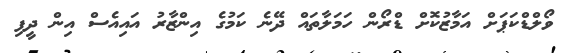
ވޯލްޑްކަޕަށް އަމާޒުކޮށް ޑްރޯން ހަމަލާތައް ދޭނެ ކަމުުގެ އިންޒާރު އައިއެސް އިން ދީފި